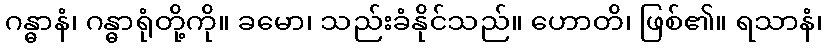
ဂန္ဓာနံ၊ ဂန္ဓာရုံတို့ကို။ ခမော၊ သည်းခံနိုင်သည်။ ဟောတိ၊ ဖြစ်၏။ ရသာနံ၊